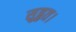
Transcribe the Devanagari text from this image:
सुहृत।